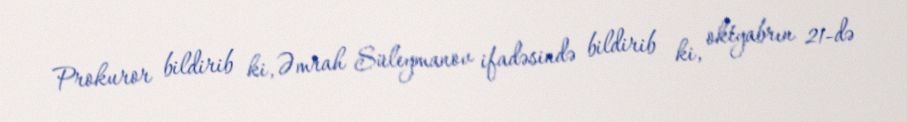
Prokuror bildirib ki, Əmrah Süleymanov ifadəsində bildirib ki, oktyabrın 21-də